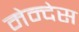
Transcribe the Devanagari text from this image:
मेन्देस